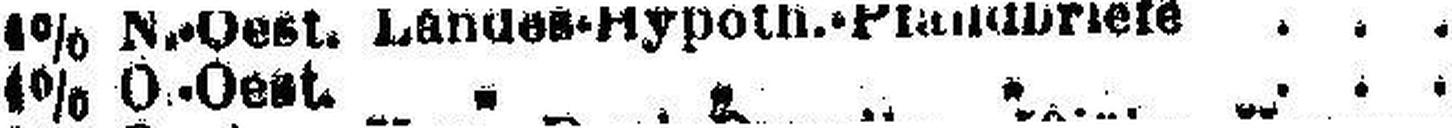
4% O.-Oest. „ „ „